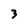
Character: 3